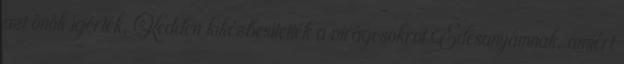
azt önök ígérték, Kedden kikézbesítették a virágcsokrot Édesanyámnak, amiért